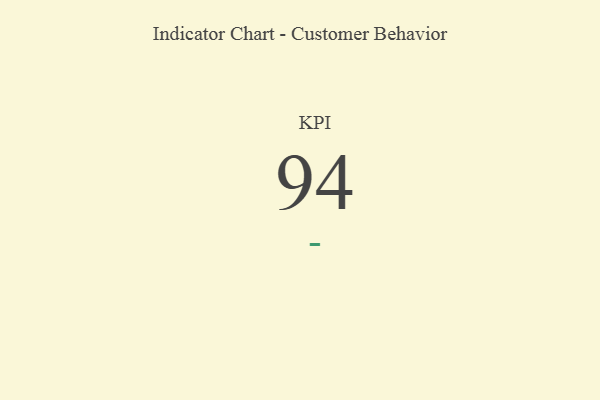
{"axis": {"x": "KPI", "y": "Value"}, "legend": [""], "data": [{"x": "KPI", "y": 94, "type": ""}]}